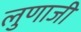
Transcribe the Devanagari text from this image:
लुणाजी